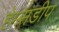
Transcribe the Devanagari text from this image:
हेम्सडीप